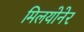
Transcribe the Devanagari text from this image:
मिलयोनेर